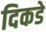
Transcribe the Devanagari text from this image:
दिकडे